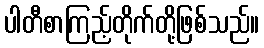
ပါတီစာကြည့်တိုက်တို့ဖြစ်သည်။